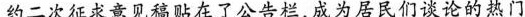
约二次征求意见稿贴在了公告栏，成为居民们谈论的热门